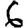
Digit: 6